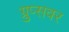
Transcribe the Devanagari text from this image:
ग्रुप्सवर